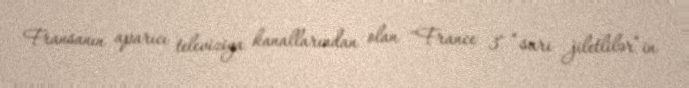
Fransanın aparıcı televiziya kanallarından olan "France 3" “sarı jiletlilər“in